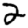
Digit: 2